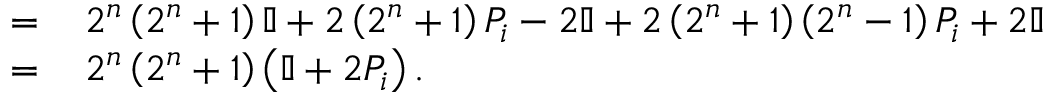
\begin{array} { r l } { = \, } & { { } 2 ^ { n } \left( 2 ^ { n } + 1 \right) \mathbb { I } + 2 \left( 2 ^ { n } + 1 \right) P _ { i } - 2 \mathbb { I } + 2 \left( 2 ^ { n } + 1 \right) \left( 2 ^ { n } - 1 \right) P _ { i } + 2 \mathbb { I } } \\ { = \, } & { { } 2 ^ { n } \left( 2 ^ { n } + 1 \right) \left( \mathbb { I } + 2 P _ { i } \right) . } \end{array}